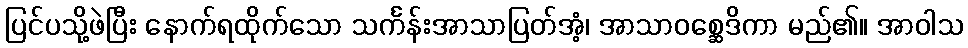
ပြင်ပသို့ဖဲပြီး နောက်ရထိုက်သော သင်္ကန်းအာသာပြတ်အံ့၊ အာသာဝစ္ဆေဒိကာ မည်၏။ အာဝါသ